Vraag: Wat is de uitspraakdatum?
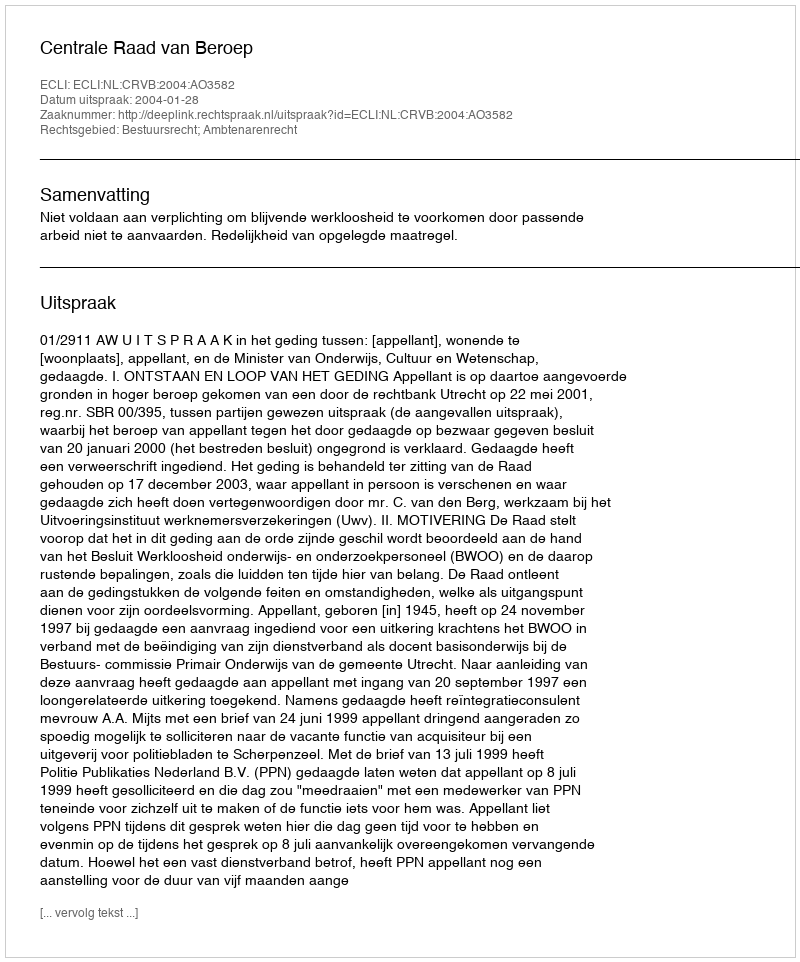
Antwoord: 2004-01-28